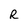
Character: R